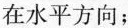
在水平方向；